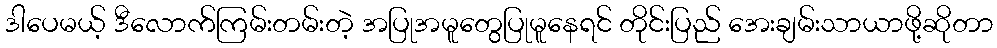
ဒါပေမယ့် ဒီလောက်ကြမ်းတမ်းတဲ့ အပြုအမူတွေပြုမူနေရင် တိုင်းပြည် အေးချမ်းသာယာဖို့ဆိုတာ